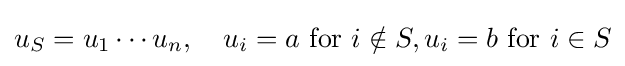
u_{S}=u_{1}\cdots u_{n},\quad u_{i}=a{\text{ for }}i\notin S,u_{i}=b{\text{ for }}i\in S